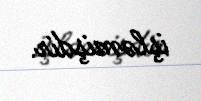
işləmişdir.